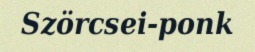
Szörcsei-ponk